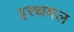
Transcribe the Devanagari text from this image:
इस्थमल